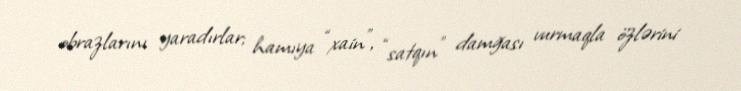
obrazlarını yaradırlar; hamıya “xain”, “satqın” damğası vurmaqla özlərini